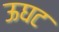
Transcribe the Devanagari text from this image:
ऊघट